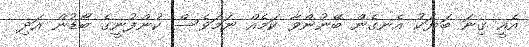
އެއީ ގިނަ ބަޔަކު އެނގެން ބޭނުންވާ ކަމެއް ނަމަވެސް ކުންފުނީގެ ބޯޑުން އަދި